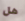
هل